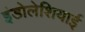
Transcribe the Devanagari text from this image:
इंडोलेशियाई